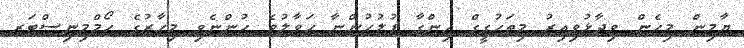
ޔާމިން މިހެން ވިދާޅުވިއިރު މިތަހުގީގް ހިންގާ ފުލުހުންނާ ޙަވާލުވެ ހުންނެވި މިހާރުގެ ހޯމްމިނިސްޓަރ